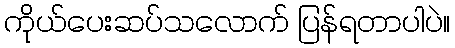
ကိုယ်ပေးဆပ်သလောက် ပြန်ရတာပါပဲ။